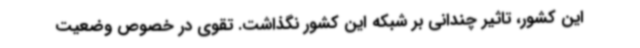
این کشور، تاثیر چندانی بر شبکه این کشور نگذاشت. تقوی در خصوص وضعیت